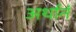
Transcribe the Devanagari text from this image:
अर्थानं